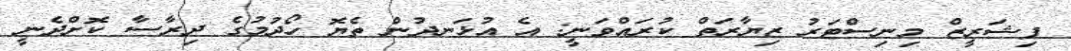
ފިޝަރީޒް މިނިސްޓަރު ޒިޔާރަތް ކުރައްވަނީ: އެ އުޅަނދުން ތެޔޮ ހޯދުމުގެ ދިރާސާ ކޮށްދެނީ